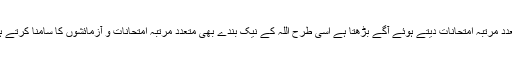
جس طرح ایک طالب علم اپنے منزل تک پہنچنے سے پہلے متعدد مرتبہ امتحانات دیتے ہوئے آگے بڑھتا ہے اسی طرح اللہ کے نیک بندے بھی متعدد مرتبہ امتحانات و آزمائشوں کا سامنا کرتے ہوئے اللہ سے قریب ہوتے ہیں اور انکی منزل قبر ہوا کرتی ہے۔